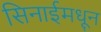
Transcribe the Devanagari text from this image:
सिनाईमधून